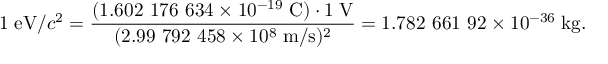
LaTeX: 1 \; { \mathrm { e V } } / c ^ { 2 } = { \frac { ( 1 . 6 0 2 \ 1 7 6 \ 6 3 4 \times 1 0 ^ { - 1 9 } \; { \mathrm { C } } ) \cdot 1 \; { \mathrm { V } } } { ( 2 . 9 9 \ 7 9 2 \ 4 5 8 \times 1 0 ^ { 8 } \; { \mathrm { m } } / { \mathrm { s } } ) ^ { 2 } } } = 1 . 7 8 2 \ 6 6 1 \ 9 2 \times 1 0 ^ { - 3 6 } \; { \mathrm { k g } } .